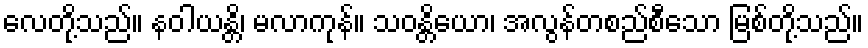
လေတို့သည်။ နဝါယန္တိ၊ မလာကုန်။ သဝန္တိယော၊ အလွန်တစည်စီသော မြစ်တို့သည်။